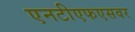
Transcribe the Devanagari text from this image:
एनटीएफएसवर